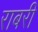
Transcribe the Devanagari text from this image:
राबरी